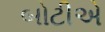
બોટીએ